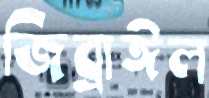
জিব্রাঈল